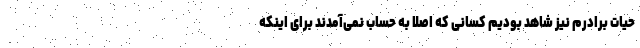
حیات برادرم نیز شاهد بودیم کسانی که اصلا به حساب نمی‌آمدند برای اینکه